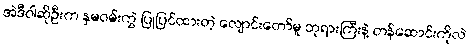
အဲဒီဝါဆိုဦးက နှမဝမ်းကွဲ ပြုပြင်ထားတဲ့ လျောင်းတော်မူ ဘုရားကြီးနဲ့ တန်ဆောင်းကိုလဲ